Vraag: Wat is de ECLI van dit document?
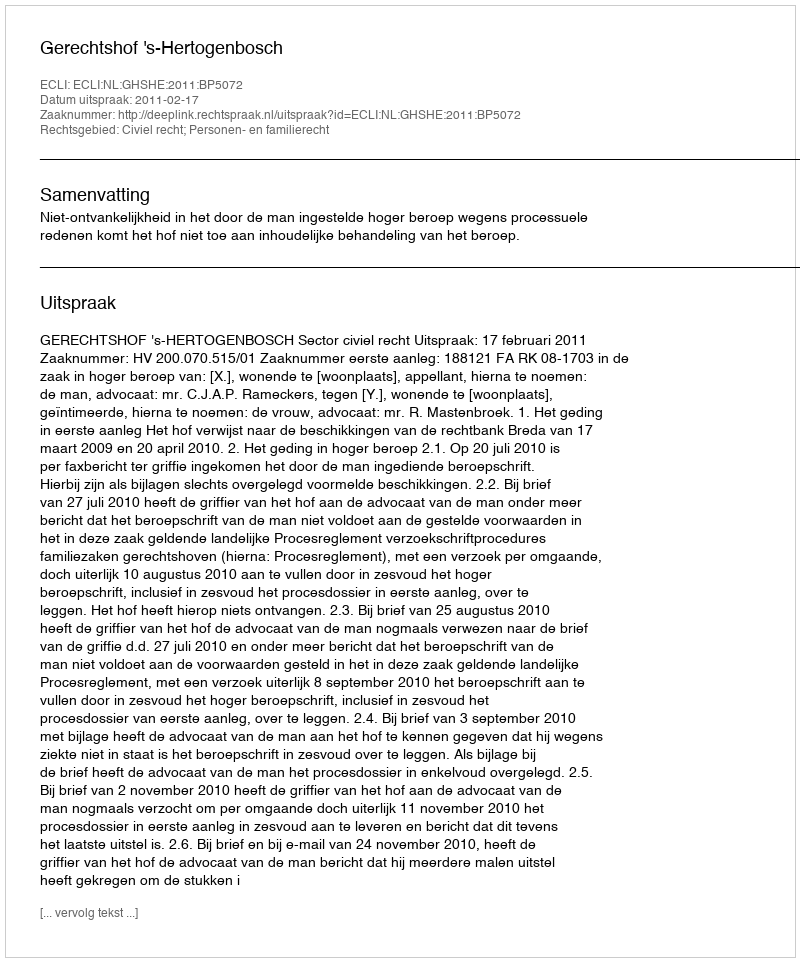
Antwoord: ECLI:NL:GHSHE:2011:BP5072